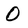
Character: 0